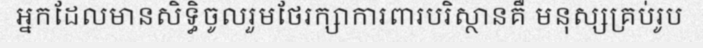
អ្នកដែលមានសិទ្ធិចូលរួមថែរក្សាការពារបរិស្ថានគឺ មនុស្សគ្រប់រូប